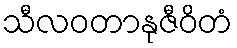
သီလဝတာနုဇီဝိတံ